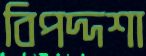
বিপদ্দশা